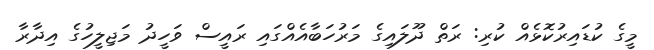
މީގެ ކުޑައިރުކޮޅެއް ކުރި: ރަތް ދޫލައިގެ މަރުހަބާއެއްގައި ރައީސް ވަހީދު މަޖިލީހުގެ އިދާރާ